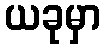
ယခုမှာ